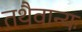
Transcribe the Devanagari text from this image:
तथैवान्यः